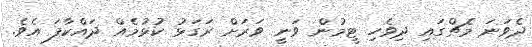
ދެވަނަ މެޗްގައި ދިވެހި ޓީމުން ވަނީ ވަރަށް ރަގަޅު ކުޅުމެއް ދައްކާފަ އެވެ.